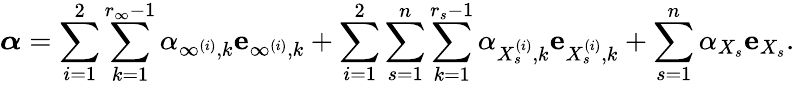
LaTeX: \boldsymbol{\alpha}=\sum_{i=1}^{2}\sum_{k=1}^{r_{\infty}-1}\alpha_{\infty^{(i)},k}\mathbf{e}_{\infty^{(i)},k}+\sum_{i=1}^{2}\sum_{s=1}^{n}\sum_{k=1}^{r_{s}-1}\alpha_{X_{s}^{(i)},k}\mathbf{e}_{X_{s}^{(i)},k}+\sum_{s=1}^{n}\alpha_{X_{s}}\mathbf{e}_{X_{s}}.